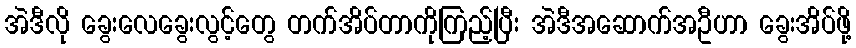
အဲဒီလို ခွေးလေခွေးလွင့်တွေ တက်အိပ်တာကိုကြည့်ပြီး အဲဒီအဆောက်အဦဟာ ခွေးအိပ်ဖို့